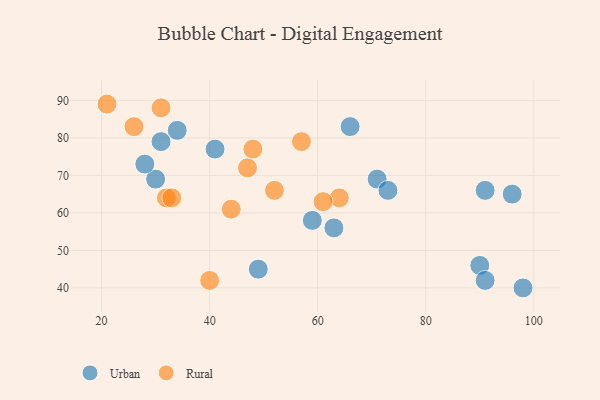
{"axis": {"x": "GDP", "y": "Life Expectancy"}, "legend": ["Rural", "Urban"], "data": [{"x": "34", "y": 82, "type": "Urban"}, {"x": "49", "y": 45, "type": "Urban"}, {"x": "30", "y": 69, "type": "Urban"}, {"x": "71", "y": 69, "type": "Urban"}, {"x": "96", "y": 65, "type": "Urban"}, {"x": "90", "y": 46, "type": "Urban"}, {"x": "41", "y": 77, "type": "Urban"}, {"x": "63", "y": 56, "type": "Urban"}, {"x": "31", "y": 79, "type": "Urban"}, {"x": "91", "y": 42, "type": "Urban"}, {"x": "59", "y": 58, "type": "Urban"}, {"x": "66", "y": 83, "type": "Urban"}, {"x": "98", "y": 40, "type": "Urban"}, {"x": "28", "y": 73, "type": "Urban"}, {"x": "91", "y": 66, "type": "Urban"}, {"x": "73", "y": 66, "type": "Urban"}, {"x": "21", "y": 89, "type": "Rural"}, {"x": "48", "y": 77, "type": "Rural"}, {"x": "32", "y": 64, "type": "Rural"}, {"x": "40", "y": 42, "type": "Rural"}, {"x": "52", "y": 66, "type": "Rural"}, {"x": "31", "y": 88, "type": "Rural"}, {"x": "47", "y": 72, "type": "Rural"}, {"x": "26", "y": 83, "type": "Rural"}, {"x": "64", "y": 64, "type": "Rural"}, {"x": "57", "y": 79, "type": "Rural"}, {"x": "33", "y": 64, "type": "Rural"}, {"x": "44", "y": 61, "type": "Rural"}, {"x": "61", "y": 63, "type": "Rural"}]}